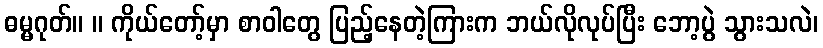
ဓမ္မဂုတ်။ ။ ကိုယ်တော့်မှာ စာဝါတွေ ပြည့်နေတဲ့ကြားက ဘယ်လိုလုပ်ပြီး ဘော့ပွဲ သွားသလဲ၊